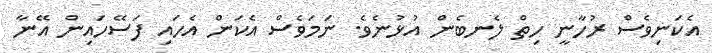
އެކަނިވެސް ރުހާނީ ހިތް ލެނބެން އުޅުނެވެ. ނަމަވެސް އެކަން އެހައި ފަސޭހައިން އޭނާ